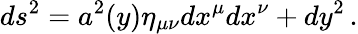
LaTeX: ds^{2}=a^{2}(y)\eta_{\mu\nu}dx^{\mu}dx^{\nu}+dy^{2}\, .